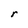
Character: r